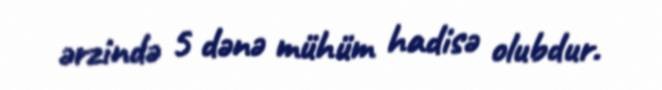
ərzində 5 dənə mühüm hadisə olubdur.